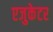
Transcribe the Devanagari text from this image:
एजुकेटर